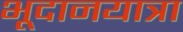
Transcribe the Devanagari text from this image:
भूदानयात्रा